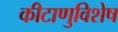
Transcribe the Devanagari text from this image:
कीटाणुविशेष